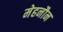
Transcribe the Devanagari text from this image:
मेहनौन